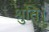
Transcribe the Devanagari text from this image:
श्रुति।